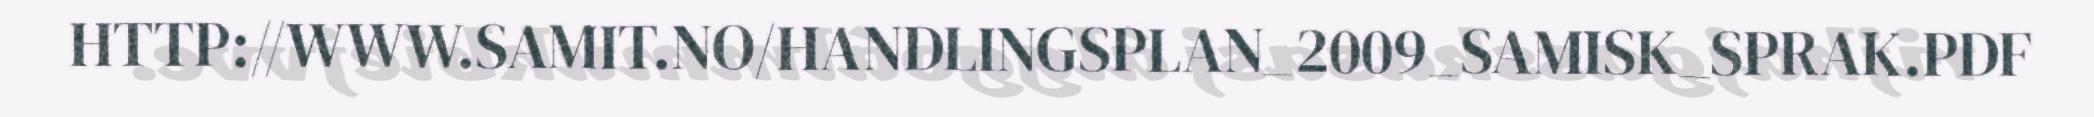
HTTP://WWW.SAMIT.NO/HANDLINGSPLAN_2009_SAMISK_SPRAK.PDF